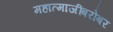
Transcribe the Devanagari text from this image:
महात्माजींबरोबर